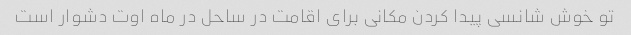
تو خوش شانسی پیدا کردن مکانی برای اقامت در ساحل در ماه اوت دشوار است